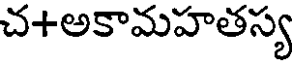
చ+అకామహతస్య